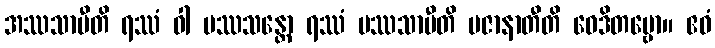
အဿသာမီတိ ရဿံ ဝါ ပဿသန္တော ရဿံ ပဿသာမီတိ ပဇာနာတီတိ ဝေဒိတဗ္ဗော။ ဧဝံ